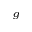
_ { g }